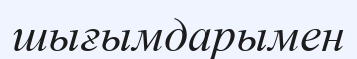
шығымдарымен